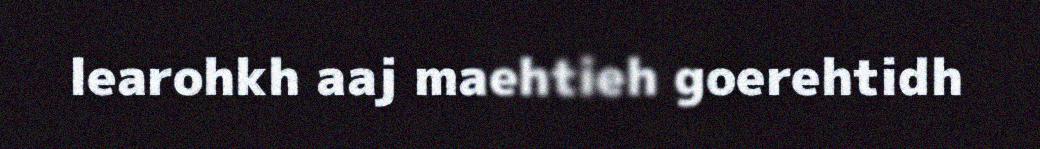
learohkh aaj maehtieh goerehtidh